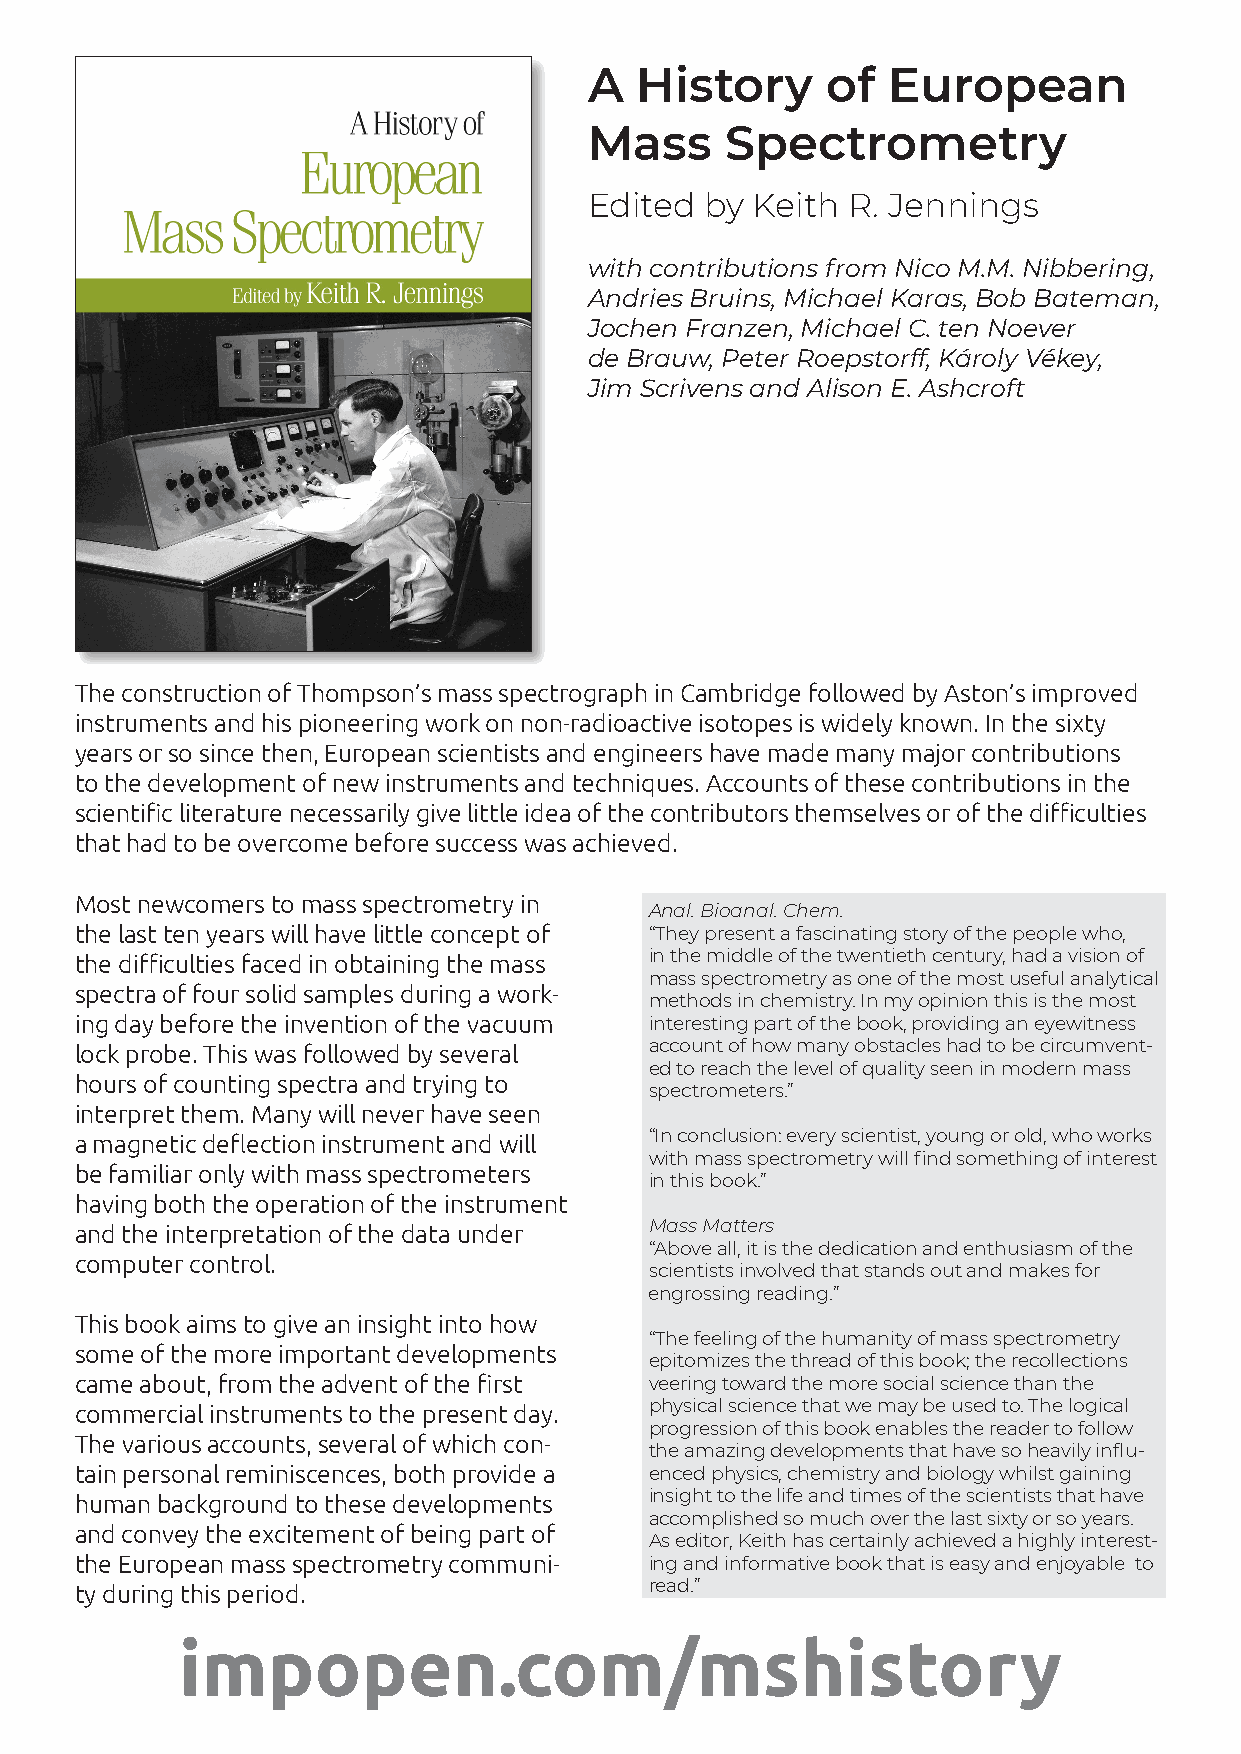
A  History      of  European
 Mass     Spectrometry
 Edited  by Keith R. Jennings
 with contributions from Nico M.M. Nibbering,
 Andries Bruins, Michael Karas, Bob Bateman,
 Jochen Franzen, Michael C. ten Noever
 de Brauw, Peter Roepstorff, Károly Vékey,
 Jim Scrivens and Alison E. Ashcroft
 The construction of Thompson’s mass spectrograph in Cambridge followed by Aston’s improved
 instruments and his pioneering work on non-radioactive isotopes is widely known. In the sixty
 years or so since then, European scientists and engineers have made many major contributions
 to the development of new instruments and techniques. Accounts of these contributions in the
 scientifi c literature necessarily give little idea of the contributors themselves or of the diffi culties
 that had to be overcome before success was achieved.
 Most newcomers to mass spectrometry in
 Anal. Bioanal. Chem.
 the last ten years will have little concept of “They present a fascinating story of the people who,
 the diffi culties faced in obtaining the mass in the middle of the twentieth century, had a vision of
 mass spectrometry as one of the most useful analytical
 spectra of four solid samples during a work-
 methods in chemistry. In my opinion this is the most
 ing day before the invention of the vacuum interesting part of the book, providing an eyewitness
 lock probe. This was followed by several account of how many obstacles had to be circumvent-
 ed to reach the level of quality seen in modern mass
 hours of counting spectra and trying to
 spectrometers.”
 interpret them. Many will never have seen
 a magnetic defl ection instrument and will “In conclusion: every scientist, young or old, who works
 with mass spectrometry will fi nd something of interest
 be familiar only with mass spectrometers
 in this book.”
 having both the operation of the instrument
 and the interpretation of the data under Mass Matters
 “Above all, it is the dedication and enthusiasm of the
 computer control.
 scientists involved that stands out and makes for
 engrossing reading.”
 This book aims to give an insight into how
 “The feeling of the humanity of mass spectrometry
 some of the more important developments
 epitomizes the thread of this book; the recollections
 came about, from the advent of the fi rst veering toward the more social science than the
 commercial instruments to the present day. physical science that we may be used to. The logical
 progression of this book enables the reader to follow
 The various a ccounts, several of which con-
 the amazing developments that have so heavily infl u-
 tain personal reminiscences, both provide a enced physics, chemistry and biology whilst gaining
 human background to these developments insight to the life and times of the scientists that have
 accomplished so much over the last sixty or so years.
 and convey the excitement of being part of
 As editor, Keith has certainly achieved a highly interest-
 the European mass spectrometry communi- ing and informative book that is easy and enjoyable to
 ty during this period.                read.”
 impopen.com/mshistory